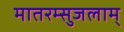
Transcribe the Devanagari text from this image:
मातरम्सुजलाम्